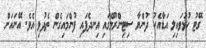
ގޭޓު ހުޅުވައިލި އަޑާއެކު ދުންޔާ ސިޓިންރޫމްގައި އިނދެފައި ފުންމައިގެން ތެދުވި އެވެ. އޭނައަށް